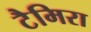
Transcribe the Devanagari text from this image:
टैमिरा